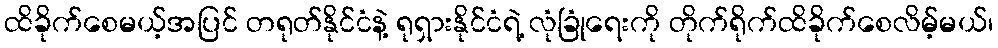
ထိခိုက်စေမယ့်အပြင် တရုတ်နိုင်ငံနဲ့ ရုရှားနိုင်ငံရဲ့ လုံခြုံရေးကို တိုက်ရိုက်ထိခိုက်စေလိမ့်မယ်၊